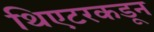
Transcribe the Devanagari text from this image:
थिएटरकडून